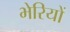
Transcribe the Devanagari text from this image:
भेरियों